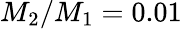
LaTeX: M_{2}/M_{1}=0.01